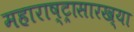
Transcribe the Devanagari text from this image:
महाराष्ट्रासारख्‍या